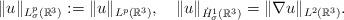
LaTeX: \begin{align*}\|u\|_{L^{p}_{\sigma}(\mathbb{R}^{3})}:=\|u\|_{L^{p}(\mathbb{R}^{3})},\quad\|u\|_{\dot{H}^{1}_{\sigma}(\mathbb{R}^{3})}=\|\nabla u\|_{L^{2}(\mathbb{R}^{3})}.\end{align*}